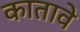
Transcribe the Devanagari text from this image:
कातावे